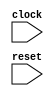
module behavior_model(
  input wire clock,
  input wire reset
);

always @(posedge clock or negedge reset) begin
  if (reset == 1'b0) begin
    // Your code here
  end
end

endmodule